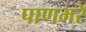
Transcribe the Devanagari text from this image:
पाणभरे